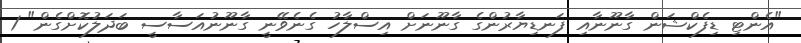
"އެންޓި ޑިފެކްޝަން ގާނޫނާއި ފަނޑިޔާރުންގެ ގާނޫނަށް އިސްލާހު ގެނެވޭނީ ގާނޫނުއަސާސީ ބަދަލުކޮށްގެން" 1